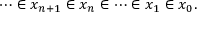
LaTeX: \; \; \cdots \in x _ { n + 1 } \in x _ { n } \in \cdots \in x _ { 1 } \in x _ { 0 } .